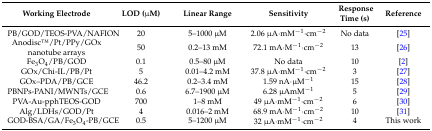
<table><thead><tr><td><b>Working Electrode</b></td><td><b>LOD (μM)</b></td><td><b>Linear Range</b></td><td><b>Sensitivity</b></td><td><b>Response Time (s)</b></td><td><b>Reference</b></td></tr></thead><tbody><tr><td>PB/GOD/TEOS-PVA/NAFION</td><td>20</td><td>5–1000 μM</td><td>2.06 μA∙mM<sup>−1</sup>∙cm<sup>−2</sup></td><td>No data</td><td>[25]</td></tr><tr><td>AnodiscTM/Pt/PPy/GOx nanotube arrays</td><td>50</td><td>0.2–13 mM</td><td>72.1 mA∙M<sup>−1</sup>∙cm<sup>−2</sup></td><td>13</td><td>[26]</td></tr><tr><td>Fe<sub>3</sub>O<sub>4</sub>/PB/GOD</td><td>0.1</td><td>0.5–80 μM</td><td>No data</td><td>10</td><td>[2]</td></tr><tr><td>GOx/Chi-IL/PB/Pt</td><td>5</td><td>0.01–4.2 mM</td><td>37.8 μA∙mM<sup>−1</sup>∙cm<sup>−2</sup></td><td>3</td><td>[27]</td></tr><tr><td>GOx–PDA/PB/GCE</td><td>46.2</td><td>0.2–3.4 mM</td><td>1.59 nA∙μM<sup>−1</sup></td><td>15</td><td>[28]</td></tr><tr><td>PBNPs-PANI/MWNTs/GCE</td><td>0.6</td><td>6.7–1900 μM</td><td>6.28 μAmM<sup>−1</sup></td><td>5</td><td>[29]</td></tr><tr><td>PVA-Au-pphTEOS-GOD</td><td>700</td><td>1–8 mM</td><td>49 μA∙mM<sup>−1</sup>∙cm<sup>−2</sup></td><td>6</td><td>[30]</td></tr><tr><td>Alg/LDHs/GOD/Pt</td><td>4</td><td>0.016–2 mM</td><td>68.9 mA∙M<sup>−1</sup>∙cm<sup>−2</sup></td><td>10</td><td>[31]</td></tr><tr><td>GOD-BSA/GA/Fe<sub>3</sub>O<sub>4</sub>-PB/GCE</td><td>0.5</td><td>5–1200 μM</td><td>32 μA∙mM<sup>−1</sup>∙cm<sup>−2</sup></td><td>4</td><td>This work</td></tr></tbody></table>